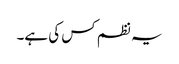
یہ نظم کس کی ہے۔